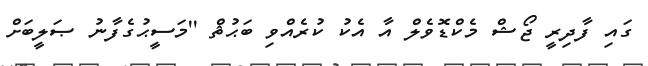
ގައި ފާދިރީ ޖޯޝް މެކްޑޮވެލް އާ އެކު ކުރެއްވި ބަޙުޘް ''މަސީޙުގެފާނު ޞަލީބަށް